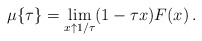
\begin{align*}\mu\{\tau\} = \lim_{x\uparrow 1/\tau} (1-\tau x)F(x)\,.\end{align*}